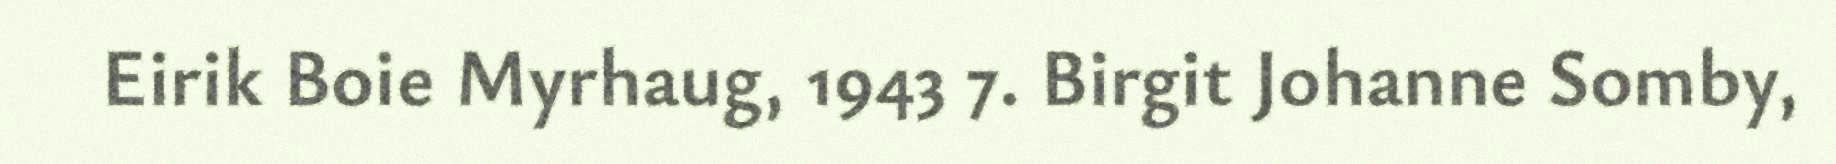
Eirik Boie Myrhaug, 1943 7. Birgit Johanne Somby,